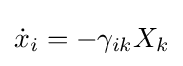
{\dot {x}}_{i}=-\gamma _{ik}X_{k}